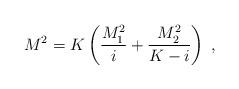
LaTeX: \begin{align*}M^2 = K \left(\frac{M_1^2}{i}+\frac{M_2^2}{K-i}\right) \; ,\end{align*}